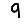
Digit: 9